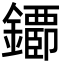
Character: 䥮